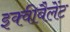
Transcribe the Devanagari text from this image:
इक्वीवैलेंट